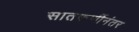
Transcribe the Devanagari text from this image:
सातकर्णीनंतर